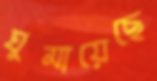
ঘুমায়েছে